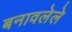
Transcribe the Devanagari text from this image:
बनावलेले